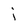
Character: j